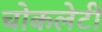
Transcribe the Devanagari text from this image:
चोकलेटी